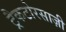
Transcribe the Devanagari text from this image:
ट्रैकटोरसाज़ी